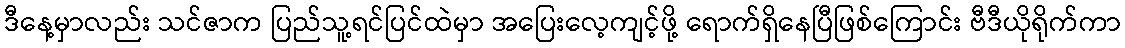
ဒီနေ့မှာလည်း သင်ဇာက ပြည်သူ့ရင်ပြင်ထဲမှာ အပြေးလေ့ကျင့်ဖို့ ရောက်ရှိနေပြီဖြစ်ကြောင်း ဗီဒီယိုရိုက်ကာ